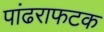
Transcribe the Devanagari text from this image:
पांढराफटक